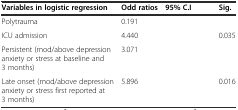
<table><thead><tr><td><b>Variables in logistic regression</b></td><td><b>Odd ratios</b></td><td><b>95% C.I</b></td><td><b>Sig.</b></td></tr></thead><tbody><tr><td>Polytrauma</td><td>0.191</td><td>[EMPTY_CELL]</td><td>[EMPTY_CELL]</td></tr><tr><td>ICU admission</td><td>4.440</td><td>[EMPTY_CELL]</td><td>0.035</td></tr><tr><td>Persistent (mod/above depression anxiety or stress at baseline and 3 months)</td><td>3.071</td><td>[EMPTY_CELL]</td><td>[EMPTY_CELL]</td></tr><tr><td>Late onset (mod/above depression anxiety or stress first reported at 3 months)</td><td>5.896</td><td>[EMPTY_CELL]</td><td>0.016</td></tr></tbody></table>